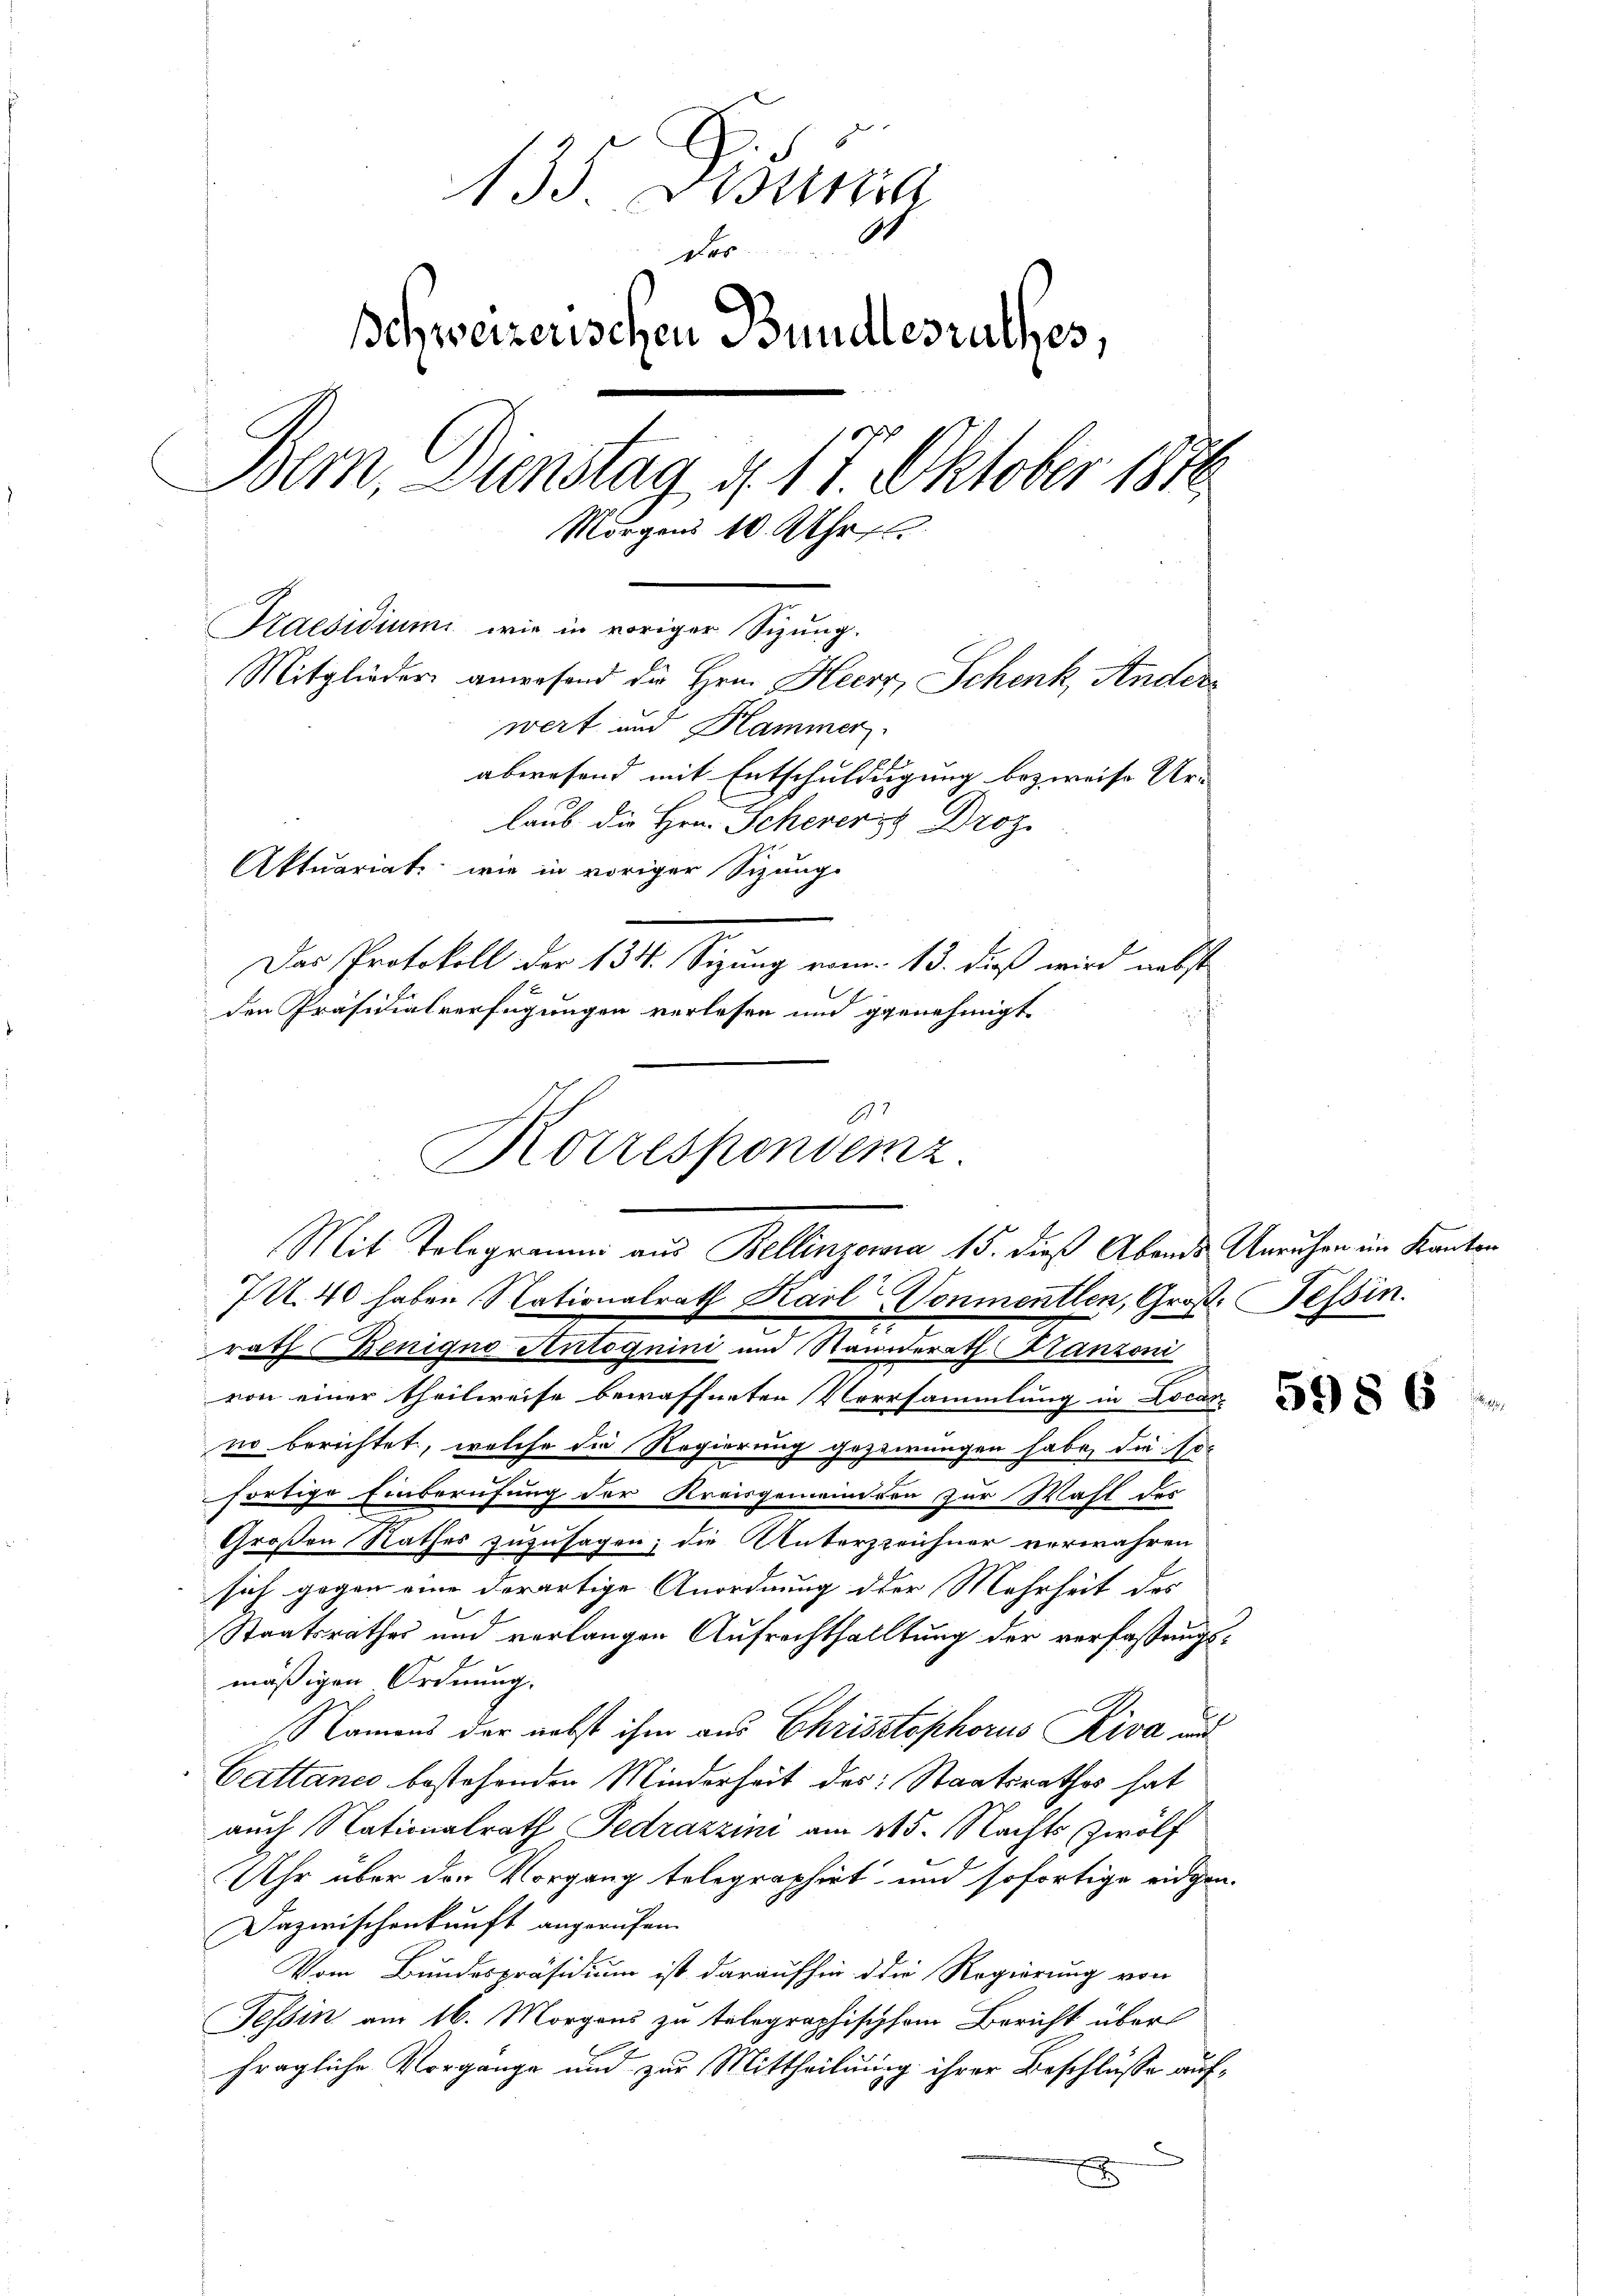
135. Distra
des
Ichweizerischen Bundesrathes,
Bern, Dienstag d. 17. Oktober 1876
Morgens 10 Uhr
Praesidium wie in voriger Sizung.
Mitglieder anwesend die Hrn. Heer, Schenk Ander
wert und Klammer.
abwesend mit Entschulddigung bezweife Ur-
laub die Hrn. Scheverst Droz.
Aktuariat wie in voriger Sizungs
Das Protokoll der 134. Sizung vom 13. dieß wird nebst
den Präsidialverfügungen verlesen und genehmigt

.
Korrespondenz
Mit Telegramm aus Bellinzona 15. dieß Abende Unruhen im Kanton

7U. 40 haben Nationalrath Karl Vonmentlen, Groß. Bessin.
rath Benigne Antognini und Raunerath Hanzoni
von einer theilweise bewaffneten Versammlung in Locar-
no berichtet, welche die Regierung gezeirungen habe, die so-
fortige Einberufung der Kreisgemeineren zur Wahl der
Großen Rathes zuzusagen; die Unterzzeichner verwahren
sich gegen eine derartige Anordnung der Mehrheit des
Staatsrathes und verlangen Aufrechthalltung der verfassungsmäßigen Ordnung.
Namens der nebst ihm aus Christophorus Riva und
Cattance bestehenden Minderheit des Staatsrathes hat
auch Nationalrath Fedrazzini am 115. Nachts zwölf
Uhr über den Vorgang telegraphirt und sofortige eidgen.
Dazwischenkunft angerufen.
Vom Bundespräsidium ist daraufhin die Regierung von
Tessin am 16. Morgens zu telegraphischem Bericht über
fragliche Vorgange und zur Mittheilung ihrer Beschlüsse aufx

59 § 6